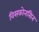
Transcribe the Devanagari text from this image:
विसकोनसिन